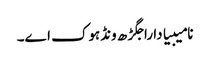
نامیبیا دا راجگڑھ ونڈہوک اے۔